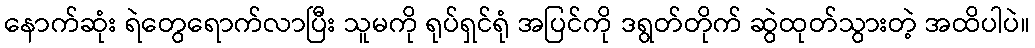
နောက်ဆုံး ရဲတွေရောက်လာပြီး သူမကို ရုပ်ရှင်ရုံ အပြင်ကို ဒရွတ်တိုက် ဆွဲထုတ်သွားတဲ့ အထိပါပဲ။